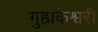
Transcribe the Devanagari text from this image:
गुह्मकेश्वरी